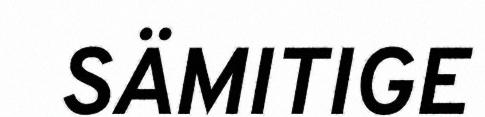
SÄMITIGE